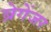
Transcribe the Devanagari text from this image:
ब्रेगेंजर